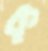
ক